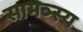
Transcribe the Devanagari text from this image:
सामञ्स्य